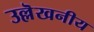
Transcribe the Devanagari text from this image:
उल्लॆखनीय